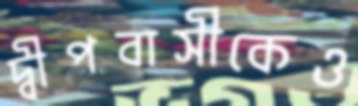
দ্বীপবাসীকেও